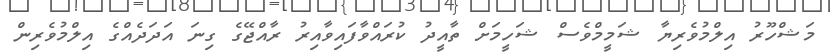
މަޝްހޫރު އިލްމުވެރިޔާ ޝަމީމްވެސް ޝަހީމަށް ތާއީދު ކުރައްވާފައިވާއިރު ރާއްޖޭގެ ގިނަ އަދަދެއްގެ އިލްމުވެރިން